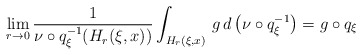
\begin{align*}\lim _{r \rightarrow 0} \frac{1}{\nu \circ q _\xi ^{-1} ( H _r ( \xi , x ))} \int _{H _r ( \xi, x )} \, g \, d \left( \nu \circ q _\xi ^{-1} \right) = g \circ q _\xi\end{align*}